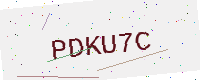
Text: PDKU7C